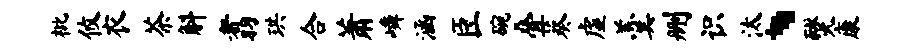
枇攸衣茶斛翥珙合萧嶙涵臣碗叠葵虚羹删识汰、燹康